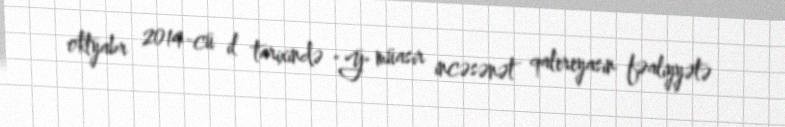
oktyabr 2014-cü il tarixində "Ў" müasir incəsənət qalereyasın fəaliyyətə